Madras plague regulations in force outside the Presidency town - Volume 1
Disease focus: Plague
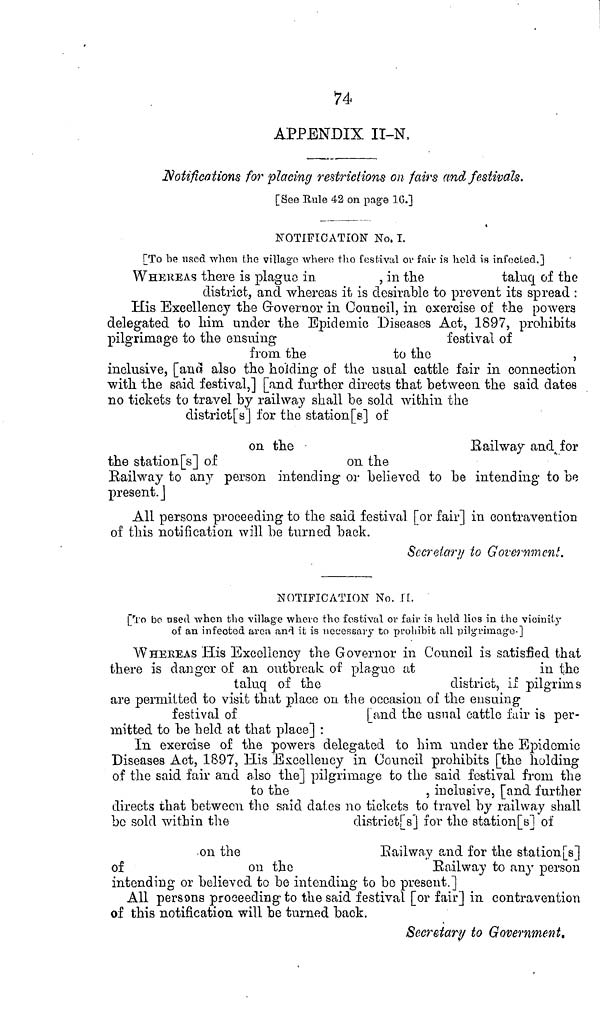
74
APPENDIX II-N.
Notifications for placing restrictions on fairs and festivals.
[See Eule 42 on page 1C.]
NOTIFICATION No, I.
[To be used Avhon the village where the festival or fair is held is infected,]
WHEREAS there is plague in
, in the
taluq of the
district, and whereas it is desirable to prevent its spread :
His Excellency the Grovernor in Council, in exercise of the powers
delegated to him under the Epidemic Diseases Act, 1897, prohibits
pilgrimage to the ensuing
festival of
from the
to the
,
inclusive, [and also the holding of the usual cattle fair in connection
with the said festival,] [and further directs that between the said dates
no tickets to travel by railway shall be sold within the
district[s] for the station[e] of
on the
Railway
and for
the station[s] of
on the
Railway to any person intending or believed to be intending to be
present.]
All persons proceeding to the said festival [or fair] in contravention
of this notification will be turned back.
Secrelary to Government.
NOTIFICATION No. II.
[To be usée -when the village whevo the festival or fair is held lies in the vicinity
of an infected area and it is necessary to prohibit all pilgrimage-]
WHEEEAS His Excellency the Governor in Council is satisfied that
there is danger of an outbreak of plague at
in the
taluq of the
district, if pilgrims
are permitted to visit that place on the occasion of the ensuing-
festival of
[and the usual cattle fair is per-
mitted to be held at that place] :
In exercise of the powers delegated to him under the Epidemic
Diseases Act, 1897, His Excellency in Council prohibits [the holding
of the said fair and also the] pilgrimage to the said festival from the
to the
, inclusive, [and further
directs that between the said dates no tickets to travel by railway shall
be sold within the
districts] for the station[s] of
.on the
R
ail way and for the station[s]
of
on the
Railway to any person
intending or believed to be intending to bo present.]
All persons proceeding to the said festival [or fair] in contravention
of this notification will be turned back.
Secretari/ to Government,